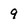
Character: 9